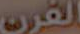
القرن